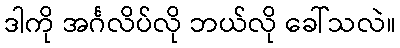
ဒါကို အင်္ဂလိပ်လို ဘယ်လို ခေါ်သလဲ။